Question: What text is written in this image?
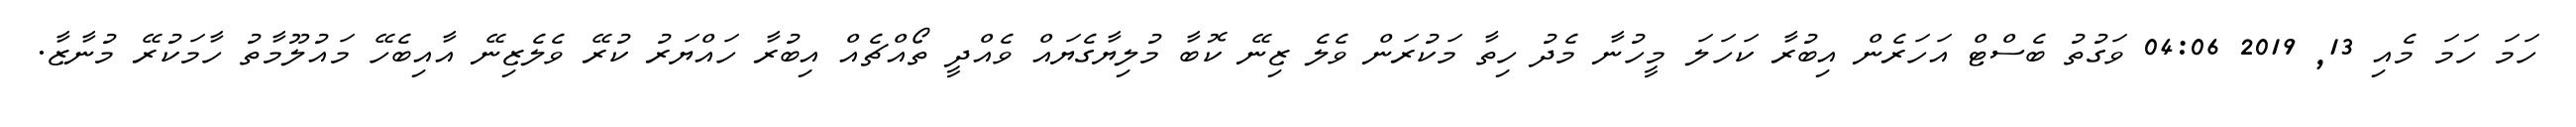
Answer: ހަމަ ހަމަ މެއި 13, 2019 04:06 ވަގުތު ބެސްޓް އަހަރެން އިބުރާ ކަހަލަ މީހުނާ މެދު ހިތާ މަކުރަން ވެލެ ޒިނޭ ކޮބާ މުލިޔާގެޔައް ވެއްދީ ތޯއްޗެއް އިބުރާ ހައްޔަރު ކުރޭ ވެލެޒިނޭ އާއިބެހޭ މައުލޫމާތު ހާމަކުރޭ މުނާޒާ.